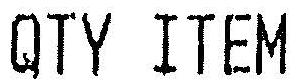
QTY ITEM